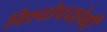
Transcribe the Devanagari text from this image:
विश्वोपयोगी